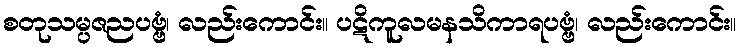
စတုသမ္ပဇညပဗ္ဗံ၊ လည်းကောင်း။ ပဋိကူလမနသိကာရပဗ္ဗံ၊ လည်းကောင်း။